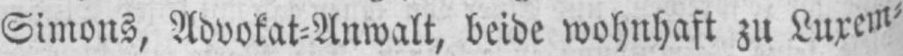
Simons, Advokat⸗Anwalt, beide wohnhaft zu Luxem⸗